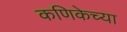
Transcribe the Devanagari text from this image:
कणिकेच्या